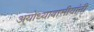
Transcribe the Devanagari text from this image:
अयोध्यावासीयांनी